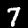
Digit: 7